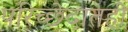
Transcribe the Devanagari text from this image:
परिच्छेदातही